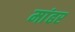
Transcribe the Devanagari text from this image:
मांढर